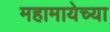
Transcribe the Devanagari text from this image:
महामायेच्या